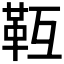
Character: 𩉱